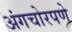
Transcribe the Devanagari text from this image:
अंगचोरपणे